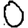
Digit: 0